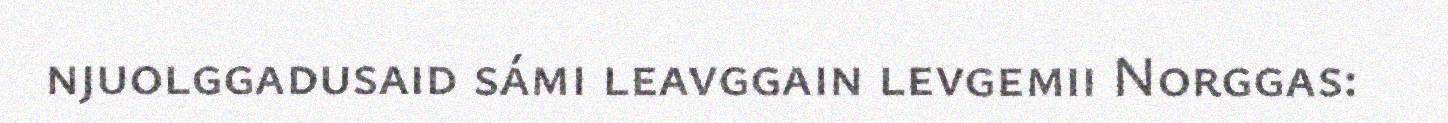
njuolggadusaid sámi leavggain levgemii Norggas: